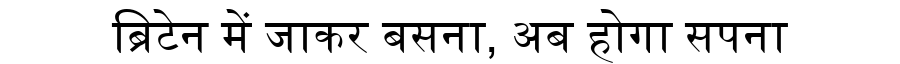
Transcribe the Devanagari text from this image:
ब्रिटेन में जाकर बसना, अब होगा सपना